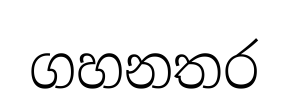
ගහනතර